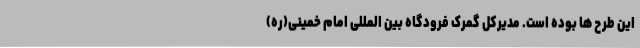
این طرح ها بوده است. مدیرکل گمرک فرودگاه بین المللی امام خمینی(ره)‌